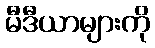
မီဒီယာများကို